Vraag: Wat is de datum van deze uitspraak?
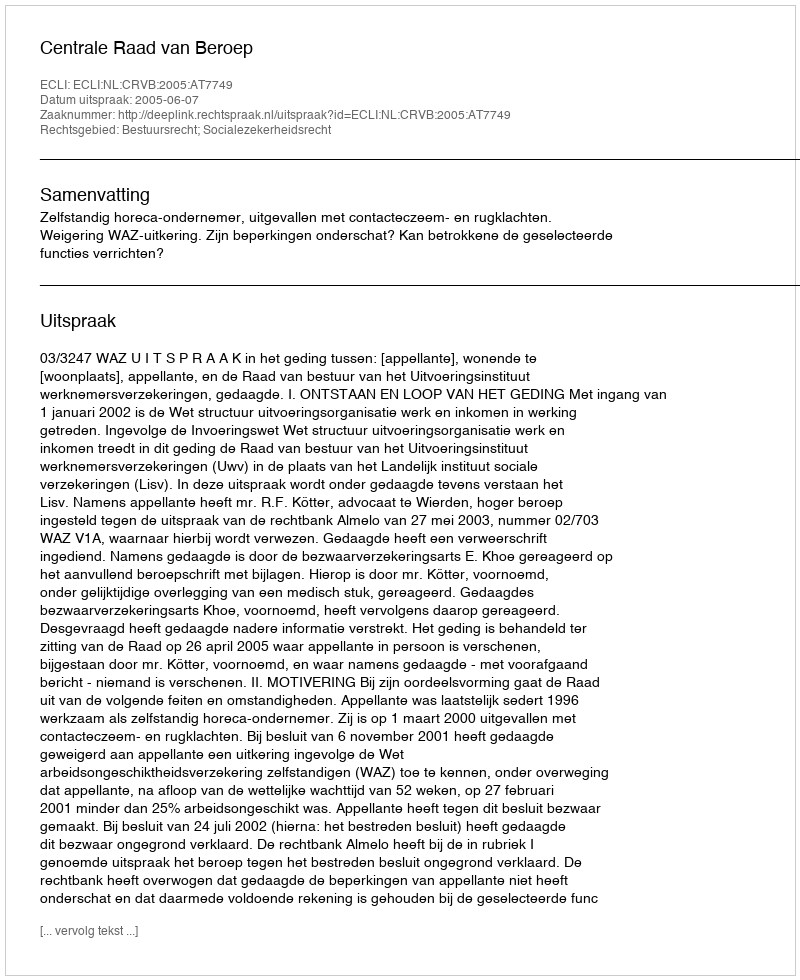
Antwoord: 2005-06-07